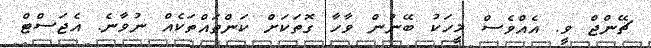
ޗޭންޖް ވީ. އެއްވެސް މީހަކު ބޭނުން ވާހާ ގޮތަކަށް ކަންތައްތަކެއް ނުވާނެ. އެޖަސްޓް